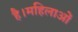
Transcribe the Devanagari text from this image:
है।महिलाओं